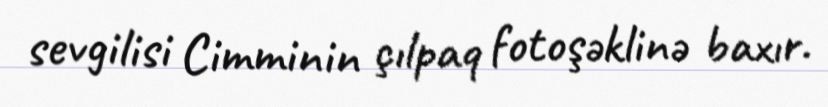
sevgilisi Cimminin çılpaq fotoşəklinə baxır.